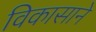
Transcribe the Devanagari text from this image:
विकासाने